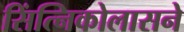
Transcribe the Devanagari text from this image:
सिंत्निकोलासने